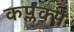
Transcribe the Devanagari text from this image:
कर्प्लंक्स